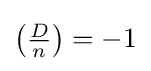
\left({\tfrac {D}{n}}\right)=-1